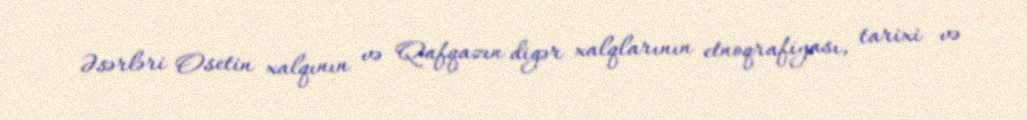
Əsərləri Osetin xalqının və Qafqazın digər xalqlarının etnoqrafiyası, tarixi və